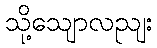
သို့သျောလညျး